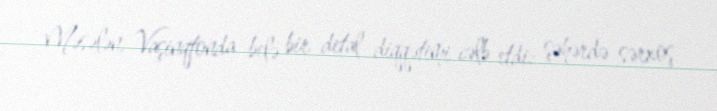
Məsələn, Vaşinqtonda belə bir detal diqqətimi cəlb etdi: şəhərdə sərxoş